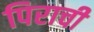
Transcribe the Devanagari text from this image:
पिराची